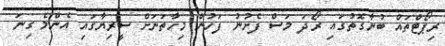
ރިޕޯޓްތައް ބުނާގޮތުގައި ރޯދަ މަސް ފެށުނު ފަހުން މިހާތަނަށް ސީރިޔާގައި އެންމެ ގިނަ